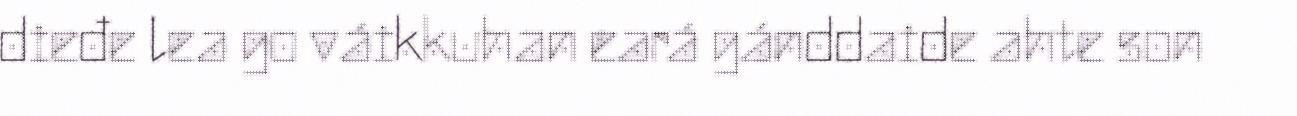
dieđe lea go váikkuhan eará gánddaide ahte son